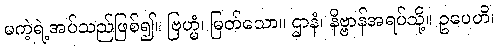
မကဲ့ရဲ့အပ်သည်ဖြစ်၍။ ဗြဟ္မံ၊ မြတ်သော။ ဌာနံ၊ နိဗ္ဗာန်အရပ်သို့။ ဥပေဟိ၊